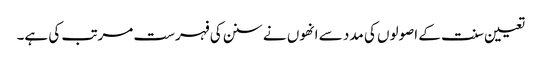
تعیین سنت کے اصولوں کی مدد سے انھوں نے سنن کی فہرست مرتب کی ہے۔